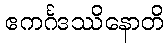
ဧကင်္ဂဒဿိနောတိ